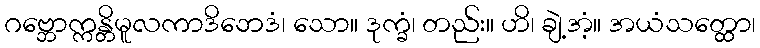
ဂဗ္ဘောက္ကန္တိမူလကာဒိဘေဒံ၊ သော။ ဒုက္ခံ၊ တည်း။ ဟိ၊ ချဲ့အံ့။ အယံသတ္ထော၊